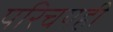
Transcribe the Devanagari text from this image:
परिचयही